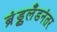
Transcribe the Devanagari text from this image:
ब्रुंड्टलँडनंतर